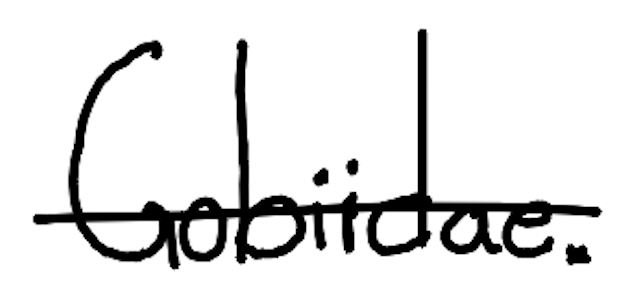
Text: Gobiidae.
Cross-out: single-line
Writing tool: digital_black